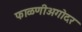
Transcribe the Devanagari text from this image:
फाळणीअगोदर